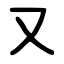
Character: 又